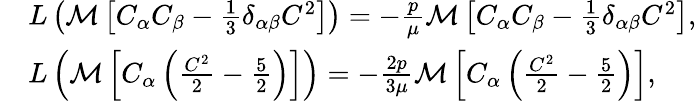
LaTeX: \begin{array}{rl}&{L\left(\mathcal{M}\left[C_{\alpha}C_{\beta}-\frac{1}{3}\delta_{\alpha\beta}C^{2}\right]\right)=-\frac{p}{\mu}\mathcal{M}\left[C_{\alpha}C_{\beta}-\frac{1}{3}\delta_{\alpha\beta}C^{2}\right],}\\ &{L\left(\mathcal{M}\left[C_{\alpha}\left(\frac{C^{2}}{2}-\frac{5}{2}\right)\right]\right)=-\frac{2p}{3\mu}\mathcal{M}\left[C_{\alpha}\left(\frac{C^{2}}{2}-\frac{5}{2}\right)\right],}\end{array}